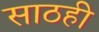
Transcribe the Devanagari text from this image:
साठही